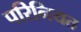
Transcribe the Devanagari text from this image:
परिनियत